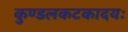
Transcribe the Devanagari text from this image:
कुण्डलकटकादयः